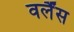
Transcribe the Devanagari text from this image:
वर्लैंस